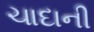
ચાદાની